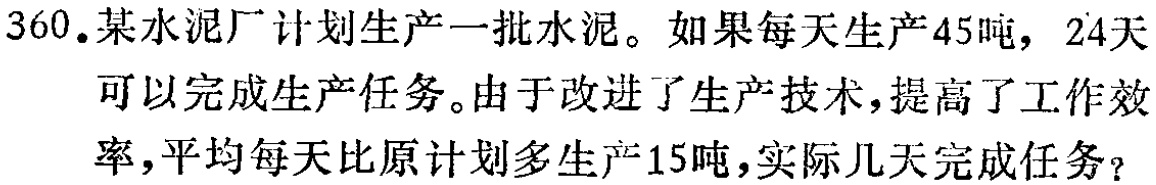
360.某水泥厂计划生产一批水泥。如果每天生产45吨，24天可以完成生产任务。由于改进了生产技术，提高了工作效率，平均每天比原计划多生产15吨，实际几天完成任务？